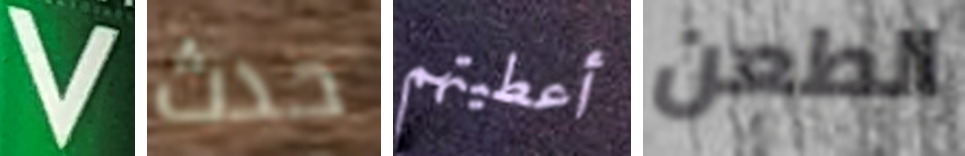
V حدث أعطيتهم الطعن